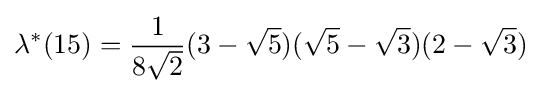
\lambda ^{*}(15)={\frac {1}{8{\sqrt {2}}}}(3-{\sqrt {5}})({\sqrt {5}}-{\sqrt {3}})(2-{\sqrt {3}})